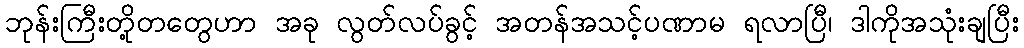
ဘုန်းကြီးတို့တတွေဟာ အခု လွတ်လပ်ခွင့် အတန်အသင့်ပဏာမ ရလာပြီ၊ ဒါကိုအသုံးချပြီး